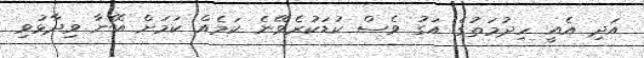
އަދި އެއީ ހިދުމަތުގެ އަގު ވެސް ކުޑަކުރެވޭނެ ކަމެއް ކަމަށް އޭނާ ވިދާޅުވި